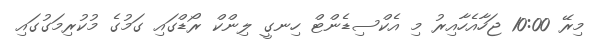
މިރޭ 10:00 ޖަހާއެހާއިރު މި އެކްސިޑެންޓް ހިނގީ ލިންކް ރޯޑްގައި ގަމުގެ މުކުރިމަގުގައި